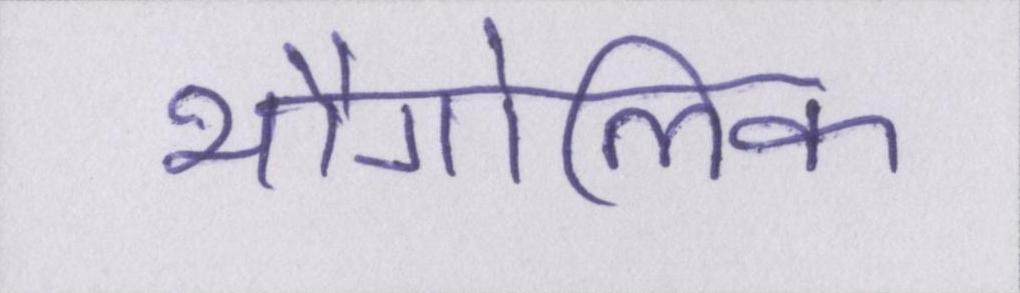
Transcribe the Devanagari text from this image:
भौगोलिक